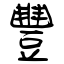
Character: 豐